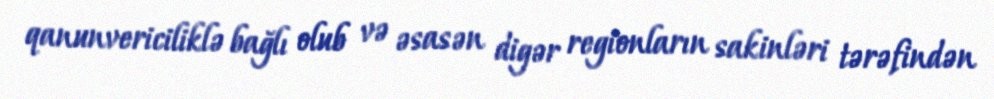
qanunvericiliklə bağlı olub və əsasən digər regionların sakinləri tərəfindən